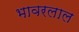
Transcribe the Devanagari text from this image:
भावरलाल